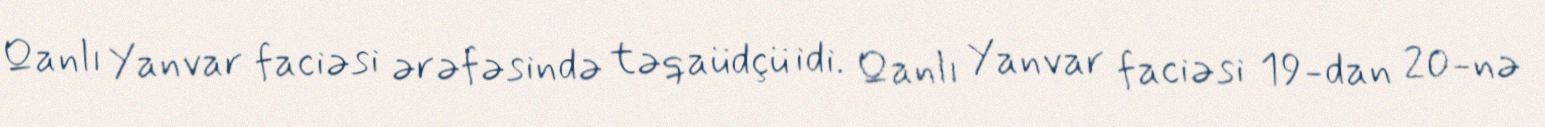
Qanlı Yanvar faciəsi ərəfəsində təqaüdçü idi. Qanlı Yanvar faciəsi 19-dan 20-nə